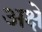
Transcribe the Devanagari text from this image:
अक्षे